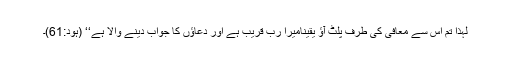
لہٰذا تم اس سے معافی کی طرف پلٹ آؤ یقیناًمیرا رب قریب ہے اور دعاؤں کا جواب دینے والا ہے‘‘ (ہود:61)۔